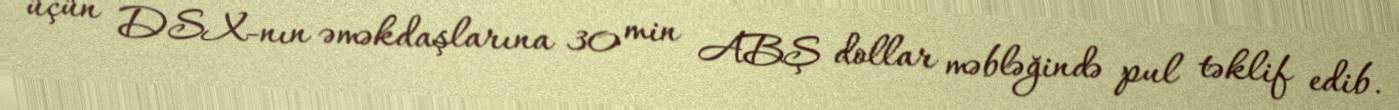
üçün DSX-nın əməkdaşlarına 30 min ABŞ dollar məbləğində pul təklif edib.